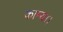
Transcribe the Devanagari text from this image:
काम्या।